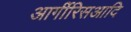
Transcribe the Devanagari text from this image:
आर्गीरिसआदि